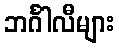
ဘင်္ဂါလီများ